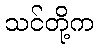
သင်တို့က